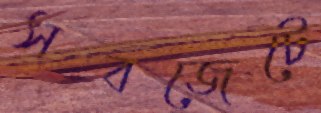
সবজেটে